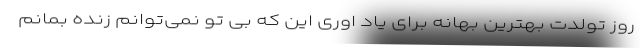
روز تولدت بهترین بهانه برای یاد اوری این که بی تو نمی‌توانم زنده بمانم